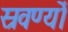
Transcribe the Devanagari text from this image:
स्रवर्ण्यो